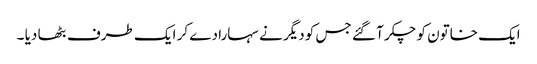
ایک خاتون کو چکر آ گئے جس کو دیگر نے سہارا دے کر ایک طرف بٹھا دیا ۔